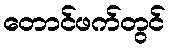
တောင်ဖက်တွင်